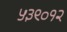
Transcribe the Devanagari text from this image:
५३९०१२